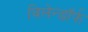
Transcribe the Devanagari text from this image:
विलेन्डॉर्फ